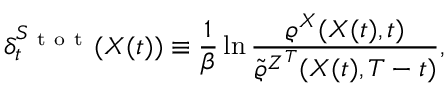
\delta _ { t } ^ { S _ { \mathrm { ~ t ~ o ~ t ~ } } } ( X ( t ) ) \equiv \frac { 1 } { \beta } \ln \frac { \varrho ^ { X } ( X ( t ) , t ) } { \tilde { \varrho } ^ { Z ^ { T } } ( X ( t ) , T - t ) } ,